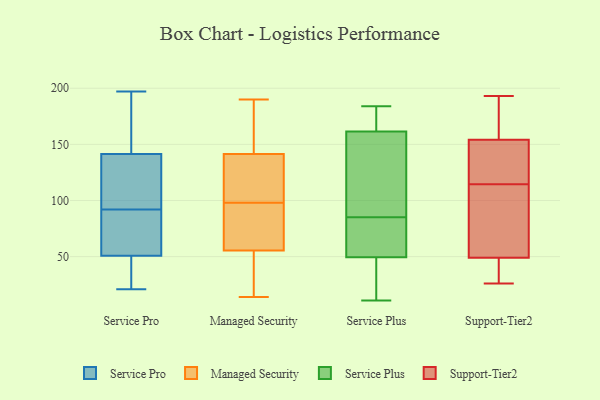
{"axis": {"x": "Customer Acquisition Cost (USD)", "y": "Value"}, "legend": ["Managed Security", "Service Plus", "Service Pro", "Support-Tier2"], "data": [{"x": "", "y": 21, "type": "Service Pro"}, {"x": "", "y": 73, "type": "Service Pro"}, {"x": "", "y": 122, "type": "Service Pro"}, {"x": "", "y": 197, "type": "Service Pro"}, {"x": "", "y": 43, "type": "Service Pro"}, {"x": "", "y": 165, "type": "Service Pro"}, {"x": "", "y": 31, "type": "Service Pro"}, {"x": "", "y": 52, "type": "Service Pro"}, {"x": "", "y": 56, "type": "Service Pro"}, {"x": "", "y": 143, "type": "Service Pro"}, {"x": "", "y": 122, "type": "Service Pro"}, {"x": "", "y": 139, "type": "Service Pro"}, {"x": "", "y": 56, "type": "Service Pro"}, {"x": "", "y": 47, "type": "Service Pro"}, {"x": "", "y": 167, "type": "Service Pro"}, {"x": "", "y": 92, "type": "Service Pro"}, {"x": "", "y": 141, "type": "Service Pro"}, {"x": "", "y": 154, "type": "Managed Security"}, {"x": "", "y": 14, "type": "Managed Security"}, {"x": "", "y": 98, "type": "Managed Security"}, {"x": "", "y": 169, "type": "Managed Security"}, {"x": "", "y": 137, "type": "Managed Security"}, {"x": "", "y": 79, "type": "Managed Security"}, {"x": "", "y": 95, "type": "Managed Security"}, {"x": "", "y": 57, "type": "Managed Security"}, {"x": "", "y": 24, "type": "Managed Security"}, {"x": "", "y": 133, "type": "Managed Security"}, {"x": "", "y": 134, "type": "Managed Security"}, {"x": "", "y": 143, "type": "Managed Security"}, {"x": "", "y": 55, "type": "Managed Security"}, {"x": "", "y": 15, "type": "Managed Security"}, {"x": "", "y": 190, "type": "Managed Security"}, {"x": "", "y": 86, "type": "Service Plus"}, {"x": "", "y": 140, "type": "Service Plus"}, {"x": "", "y": 11, "type": "Service Plus"}, {"x": "", "y": 161, "type": "Service Plus"}, {"x": "", "y": 184, "type": "Service Plus"}, {"x": "", "y": 170, "type": "Service Plus"}, {"x": "", "y": 42, "type": "Service Plus"}, {"x": "", "y": 28, "type": "Service Plus"}, {"x": "", "y": 77, "type": "Service Plus"}, {"x": "", "y": 162, "type": "Service Plus"}, {"x": "", "y": 84, "type": "Service Plus"}, {"x": "", "y": 117, "type": "Service Plus"}, {"x": "", "y": 183, "type": "Service Plus"}, {"x": "", "y": 20, "type": "Service Plus"}, {"x": "", "y": 57, "type": "Service Plus"}, {"x": "", "y": 83, "type": "Service Plus"}, {"x": "", "y": 154, "type": "Support-Tier2"}, {"x": "", "y": 56, "type": "Support-Tier2"}, {"x": "", "y": 118, "type": "Support-Tier2"}, {"x": "", "y": 43, "type": "Support-Tier2"}, {"x": "", "y": 111, "type": "Support-Tier2"}, {"x": "", "y": 193, "type": "Support-Tier2"}, {"x": "", "y": 142, "type": "Support-Tier2"}, {"x": "", "y": 162, "type": "Support-Tier2"}, {"x": "", "y": 38, "type": "Support-Tier2"}, {"x": "", "y": 90, "type": "Support-Tier2"}, {"x": "", "y": 183, "type": "Support-Tier2"}, {"x": "", "y": 49, "type": "Support-Tier2"}, {"x": "", "y": 143, "type": "Support-Tier2"}, {"x": "", "y": 26, "type": "Support-Tier2"}]}